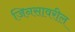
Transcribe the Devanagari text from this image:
जिनसावरील